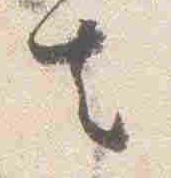
去